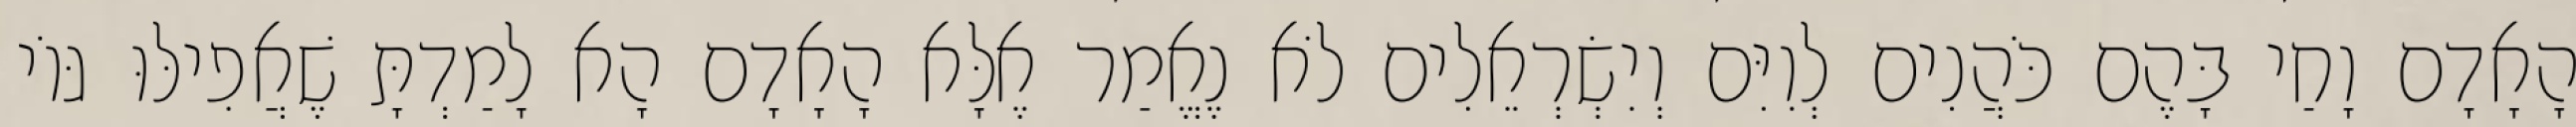
הָאָדָם וָחַי בָּהֶם כֹּהֲנִים לְוִיִּם וְיִשְׂרְאֵלִים לֹא נֶאֱמַר אֶלָּא הָאָדָם הָא לָמַדְתָּ שֶׁאֲפִילּוּ גּוֹי